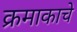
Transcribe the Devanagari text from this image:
क्रमाकाचे